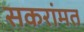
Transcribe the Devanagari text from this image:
सकरांमत